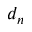
d _ { n }